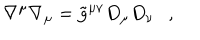
LaTeX: \nabla ^ { \mu } \nabla _ { \mu } = \tilde { g } ^ { \mu \nu } D _ { \mu } D _ { \nu } ,